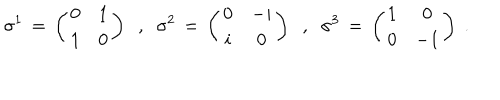
LaTeX: \sigma ^ { 1 } \, = \, \left( \begin{array} { c c } { { 0 } } & { { 1 } } \\ { { 1 } } & { { 0 } } \\ \end{array} \right) \; \; , \; \; \sigma ^ { 2 } \, = \, \left( \begin{array} { c c } { { 0 } } & { { - i } } \\ { { i } } & { { 0 } } \\ \end{array} \right) \; \; , \; \; \sigma ^ { 3 } \, = \, \left( \begin{array} { c c } { { 1 } } & { { 0 } } \\ { { 0 } } & { { - 1 } } \\ \end{array} \right) \; .